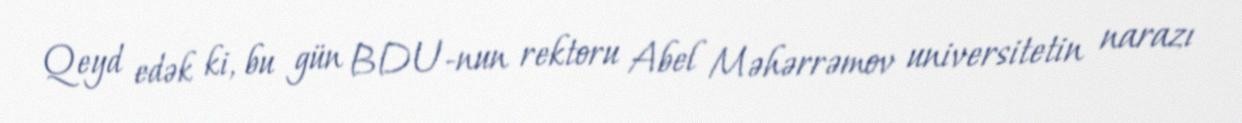
Qeyd edək ki, bu gün BDU-nun rektoru Abel Məhərrəmov universitetin narazı